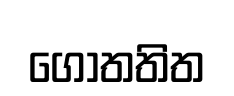
ගොතතිත